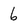
Character: 6